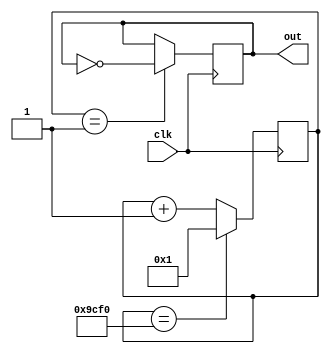
module D_Sharp (clk, out);
	input clk;
	output out;
	
reg[15:0] clkDivider = 40176;
reg[15:0] counter;

always @(posedge clk)
	if(counter == clkDivider)
		counter <= 1;
	else counter <= counter + 1;
	
reg out;
always @(posedge clk)
	if(counter == 1)
		out <= ~out;

endmodule